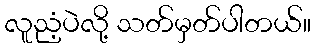
လူညံ့ပဲလို့ သတ်မှတ်ပါတယ်။